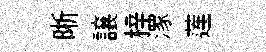
晰譲梓潈莲